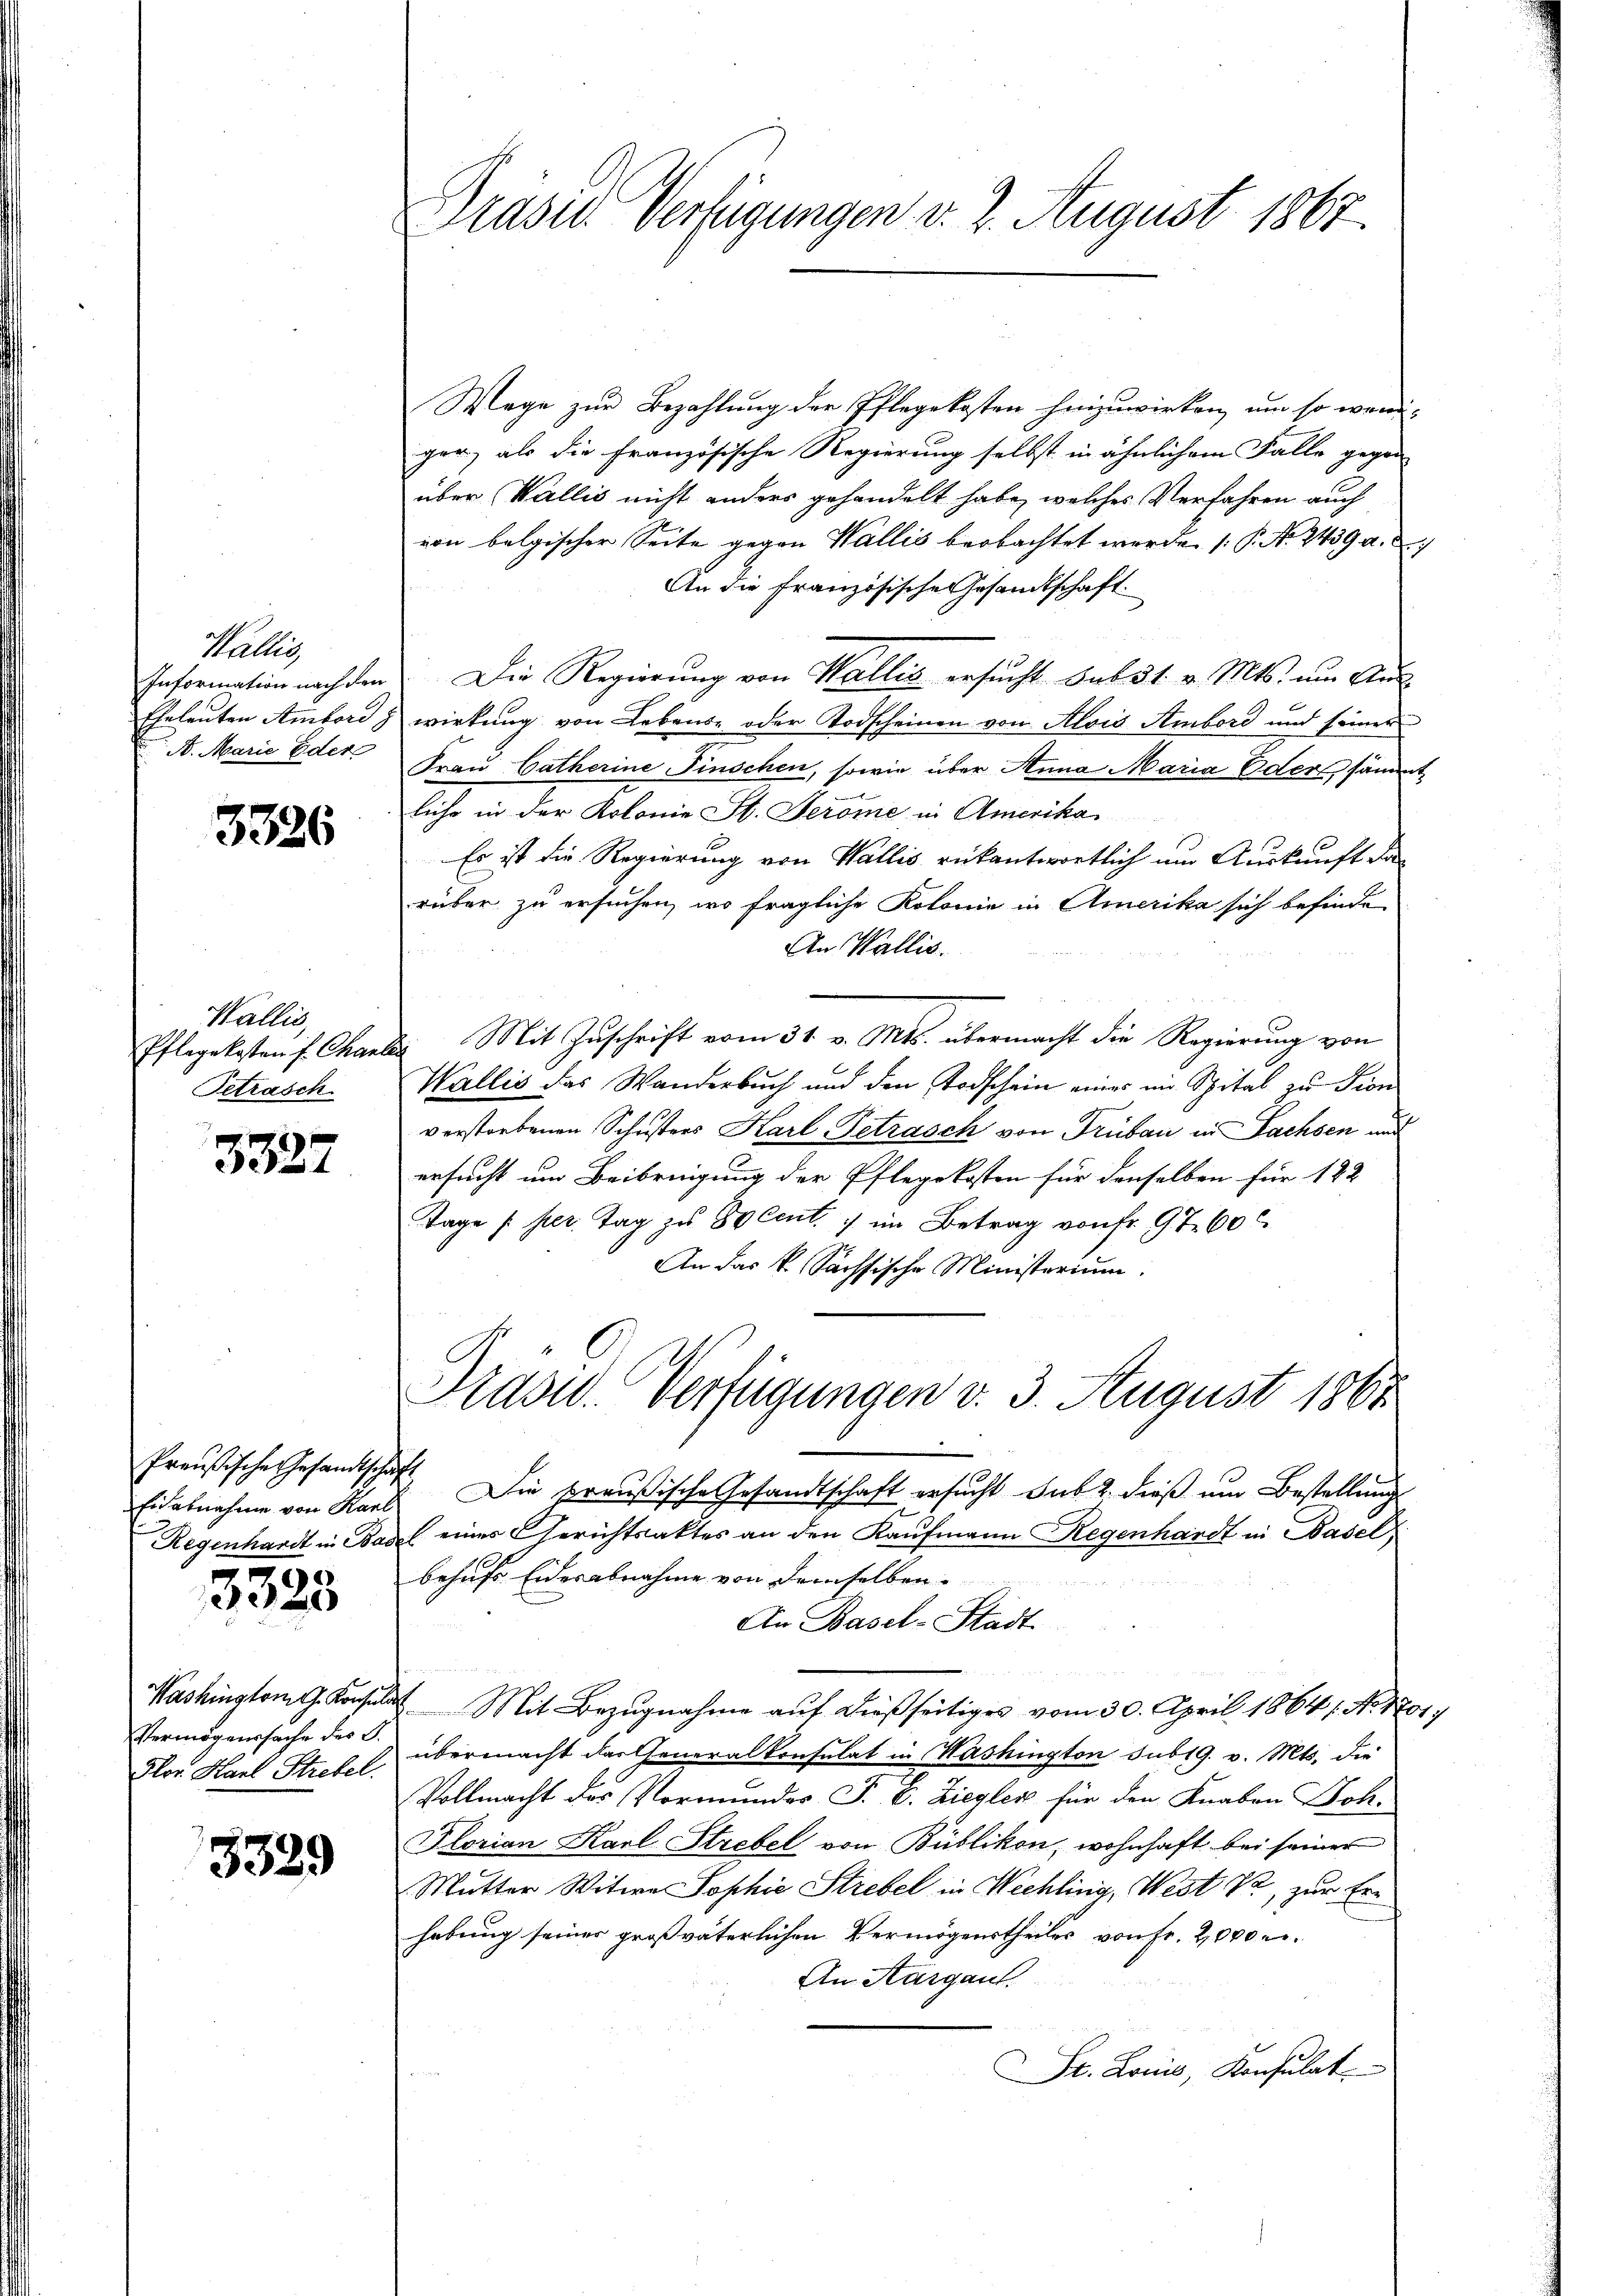
Haller
Information nach den
B. Marie Eder

3326

Wallis,
Pflegekosten f. Chan¬
Tetrasch.

3327

Preußische Gesandtschaft
Regenhardt in Bas

3325

Washington G. Konsul
Vermögenssache des C.
Flor Harl Strebel.

3329

Präser Verfügungen d. 2. August 1867.

Mege zur Bezahlung der Pflegekosten hinzuwirken, um so weni-
ger, als die französische Regierung selbst in ähnlichem Falle gegen
über Wallis nicht anders gehandelt habe, welches Verfahren auch
von belgischer Seite gegen Wallis beobachtet werde. (P. Nr. 2439 a.
An die französisches Gesandtschaft.
Die Regierung von Wallis ersucht sub 31. v. Mts. um Aus¬
Eheleuten Ambord & wirkung von Lebens- oder Todscheinen von Alois Ambord und seiner
Frau Catherine Finschen, sowie über Anna Maria Eder, samm
liche in der Kolonie St. Jerome in Amerika
Es ist die Regierung von Wallis rükantwortlich um Auskunft das
rüber zu ersuchen, wo fragliche Kolonie in Amerika sich befinde
An Wallis.
b. Mit Zuschrift vom 31. v. Mts. übermacht die Regierung von
Wallis das Wanderbuch und den Todschein eines im Spital zu Sion
verstorbenen Schusters Karl-Tetrasch von Trübau in Fachsen und
ersucht um Beibringung der Pflegekosten für denselben für 122
Tage /: per. Tag zu 80 Cent. 1 im Betrag von fr. 97. 60 C
An das k. Sächsische Ministerium.
Prasw. Verfügungen v. 3. August 1867
Eidabnahme von Kant. Die preußische Gesandtschaft ersucht sub 2. dieß um Bestellung
l eines Gerichtsaktes an den Kaufmann Regenhardt in Basel
behufs Eidesabnahme von denselben.
An Basel-Stadt
2. Mit Bezugnahme auf dießseitiges vom 30. April 1864 f. No 17.
übermacht das Generalkonsulat in Washington sub 19. v. Mts. die
Vollmacht des Vormundes J. C. Ziegler für den Knaben Boh-
Florian Karl Strebel von Büblikon, wohnhaft bei seiner
Mutter Witwe Sophie Strebel in Wechling, West , zur Erhebung seiner großväterlichen Vermögenstheiles von Fr. 2000 e
An Aargau.
St. Louis, Konsulat